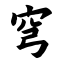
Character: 穹